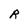
Character: R